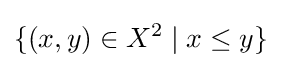
\{(x,y)\in X^{2}\mid x\leq y\}